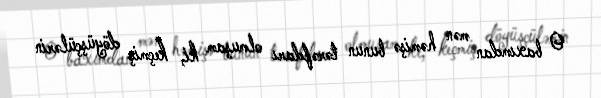
O baxımdan mən həmişə bunun tərəfdarı olmuşam ki, keçmiş döyüşçülərin